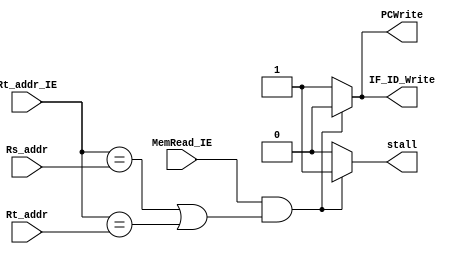
module detect (
    input [4:0] Rt_addr_IE,
    input [4:0] Rs_addr,
    input [4:0] Rt_addr,
    input MemRead_IE,

    output reg  stall,
    output reg  IF_ID_Write,
    output reg  PCWrite
  );

  initial
  begin
    stall=0;
    IF_ID_Write=1;
    PCWrite=1;
  end
  always @(*)
  begin
    if (MemRead_IE && ((Rt_addr_IE == Rs_addr) || (Rt_addr_IE == Rt_addr)))
    begin
      //if memory need to be read (which indicate lw) and the then
      //the destination register field of the load in the EX stage matches
      //either source register of the instructionin the ID stage.
      stall=1;      //insert nops
      IF_ID_Write=0;//preventing IF/ID pipeline register from changing
      PCWrite=0;    //preventing the PC register from changing
    end
    else
    begin         //keep movin'
      stall=0;
      IF_ID_Write=1;
      PCWrite=1;
    end
  end

endmodule